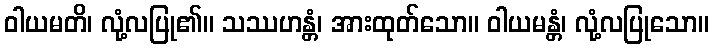
ဝါယမတိ၊ လုံ့လပြု၏။ သဿဟန္တံ၊ အားထုတ်သော။ ဝါယမန္တံ၊ လုံ့လပြုသော။